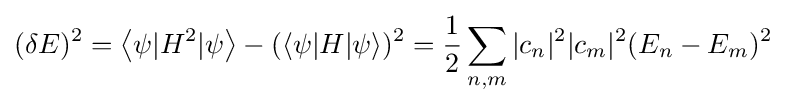
(\delta E)^{2}=\left\langle \psi |H^{2}|\psi \right\rangle -(\left\langle \psi |H|\psi \right\rangle )^{2}={\frac {1}{2}}\sum _{n,m}|c_{n}|^{2}|c_{m}|^{2}(E_{n}-E_{m})^{2}